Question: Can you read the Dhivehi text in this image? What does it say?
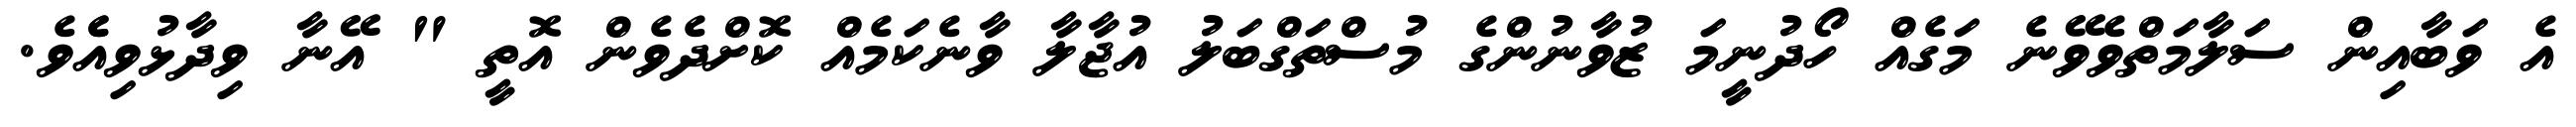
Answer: އެ ވަބާއިން ސަލާމަތްވެވޭނެ މަގެއް ހޯދުނީމަ ޒުވާނުންގެ މުސްތަގްބަލު އުޖާލާ ވާނެކަމެއް ކޮށްދެވެން އޮތީ " އޭނާ ވިދާޅުވިއެެވެ.